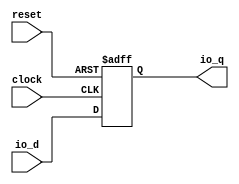
module AsyncResetRegVec_w1_i0(
  input   clock,
  input   reset,
  input   io_d,
  output  io_q
);
  reg  reg_;
  assign io_q = reg_;

  always @(posedge clock or posedge reset) begin
    if (reset) begin
      reg_ <= 1'h0;
    end else begin
      reg_ <= io_d;
    end
  end

endmodule